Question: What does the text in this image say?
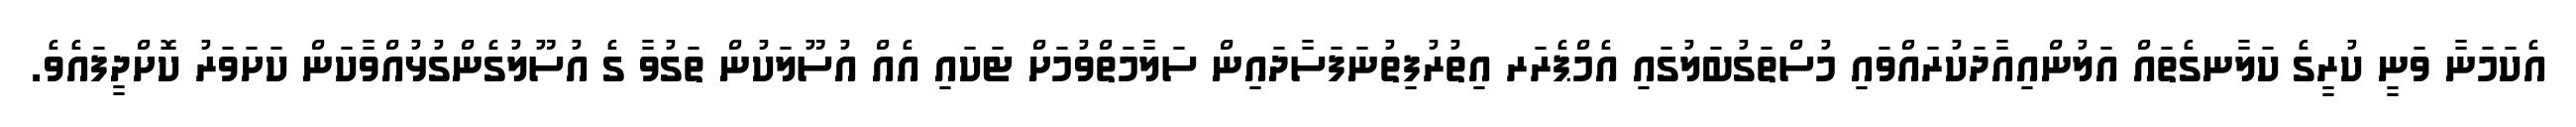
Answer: އެކަމަނާ ވަނީ ކުރީގެ ކަލާނގެތައް އަލުންއިއާދަކުރައްވައި މުސްތަގުބަލުގައި އެމްޕެރަރ އިތުރުފިތުނަފަސާދައިން ސަލާމަތްވުމަށް ޓަކައި އެއް އުސޫލަކުން ތަގުވާ ގެ އުސޫލުގެންގުޅުއްވާކަން ކަށަވަރު ކޮށްދީފައެވެ.